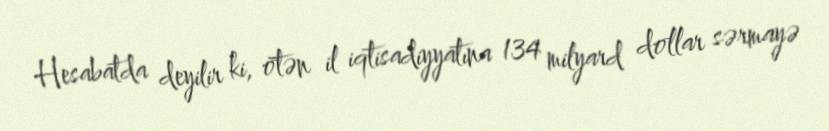
Hesabatda deyilir ki, ötən il iqtisadiyyatına 134 milyard dollar sərmayə